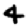
Digit: 4